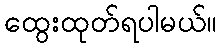
ထွေးထုတ်ရပါမယ်။